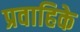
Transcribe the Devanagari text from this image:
प्रवाहिके